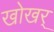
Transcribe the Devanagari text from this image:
खोखर्